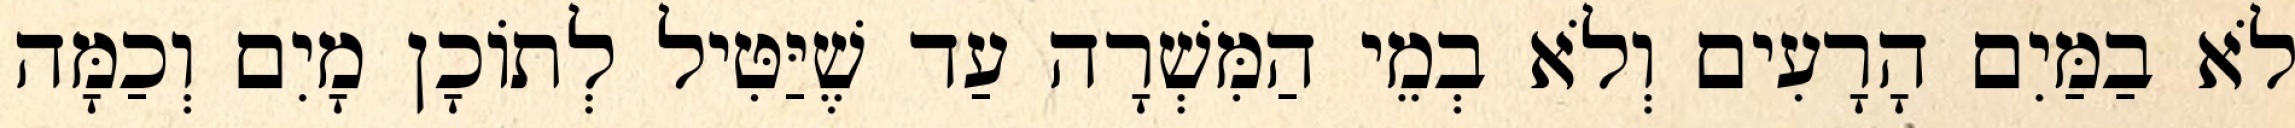
לֹא בַמַּיִם הָרָעִים וְלֹא בְמֵי הַמִּשְׁרָה עַד שֶׁיַּטִּיל לְתוֹכָן מָיִם וְכַמָּה